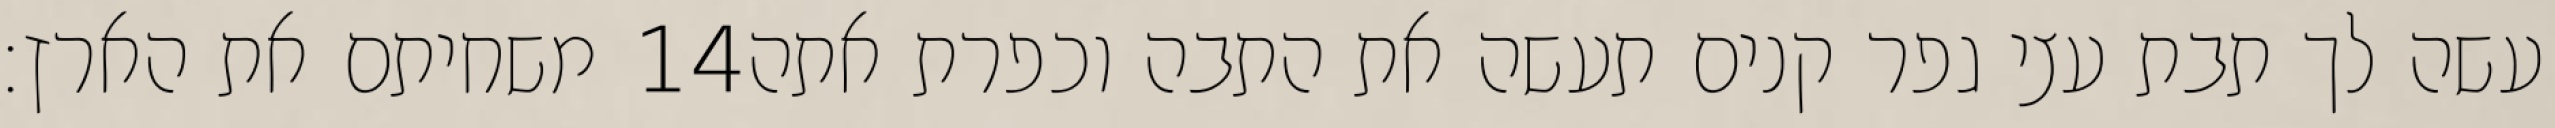
משחיתם את הארץ׃ ‎14‏ עשה לך תבת עצי גפר קנים תעשה את התבה וכפרת אתה